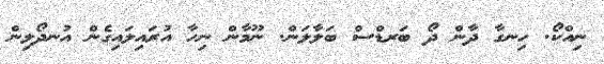
ނިއްކޯ. ހިނގާ ދާން ދޯ ބަރޑްސް ބަލާލަން. ނޫމާން ނިހާ އުރައިލައިގެން އުނދޯލިން